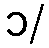
၁/